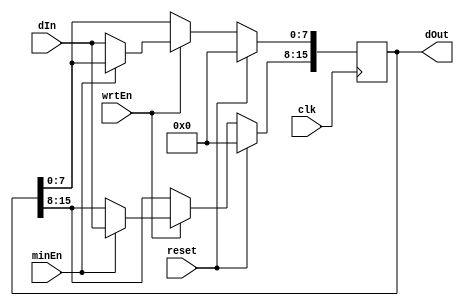

module TimeRegister(clk, reset, wrtEn, minEn, dIn, dOut);

	input clk, reset, wrtEn, minEn;
	input[7:0] dIn;
	
	output reg [15:0] dOut;
	
	always @ (posedge clk) begin
		if(reset == 1'b1)
			dOut <= 16'h0000;
		else begin
			if(wrtEn) begin
				if(minEn == 1'b1) dOut[15:8] <= dIn;
				else dOut[7:0] <= dIn;
			end
		end
	end

endmodule